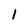
Character: 1